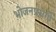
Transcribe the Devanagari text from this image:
भोजनप्रसंगी